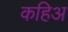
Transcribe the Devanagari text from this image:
कहिअ